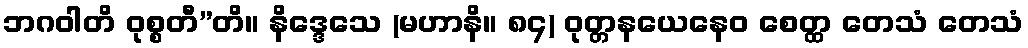
ဘဂဝါတိ ဝုစ္စတီ”တိ။ နိဒ္ဒေသေ (မဟာနိ။ ၈၄) ဝုတ္တနယေနေဝ စေတ္ထ တေသံ တေသံ